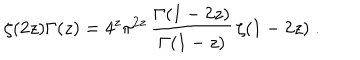
\zeta ( 2 z ) \Gamma ( z ) = 4 ^ { z } \pi ^ { 2 z } \, \frac { \Gamma ( 1 - 2 z ) } { \Gamma ( 1 - z ) } \, \zeta ( 1 - 2 z ) \; .